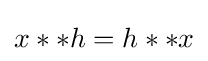
x**h=h**x